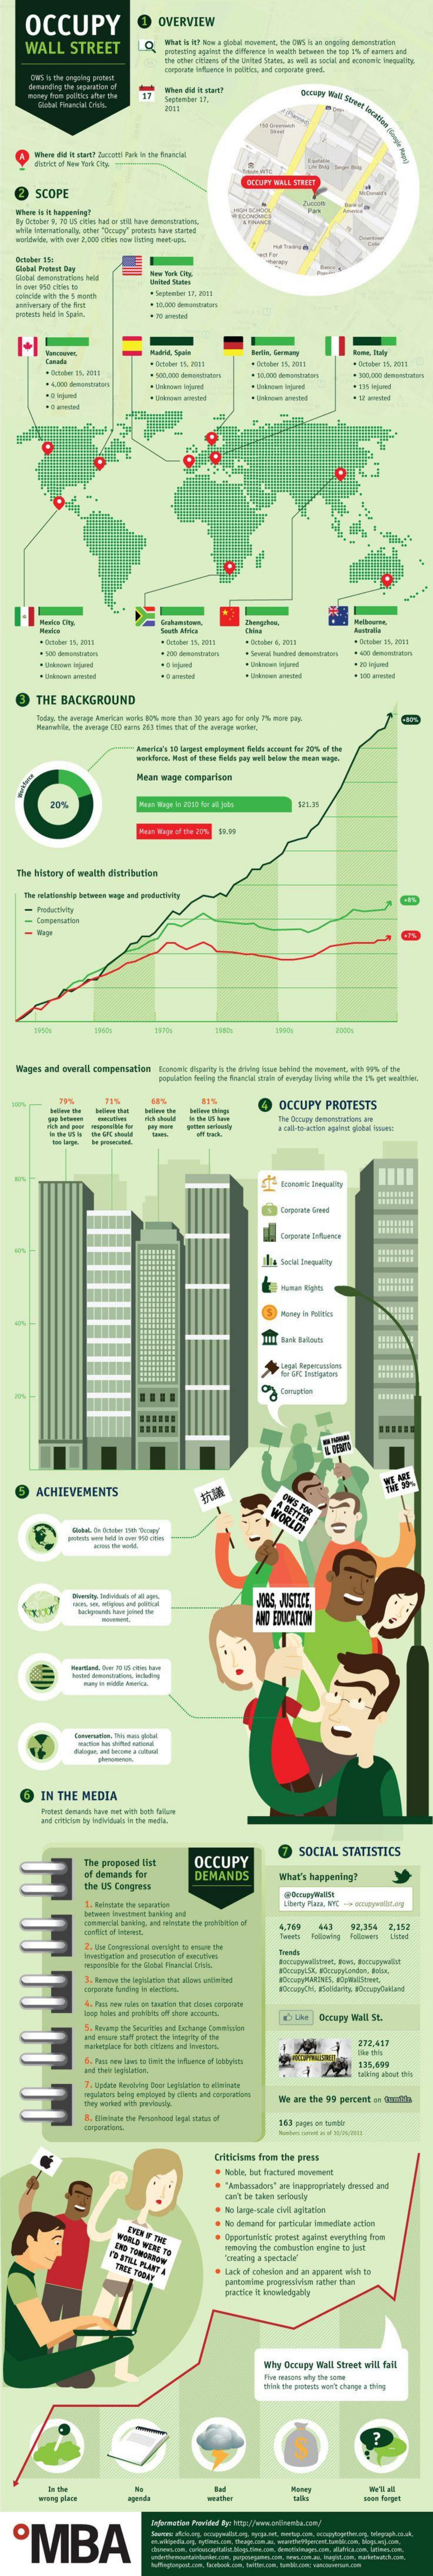
OCCUPY    @    OVERVIEW
     WALL    STREET    What is it? Man a glocal movement, the bori kan ungoing demonstration
     the other ciclaws of the shrined States, as well as social and economic inequality
     OCCUPY WALL STREET
     SCOPE
     by October 9. 1 US didles hed or still tuwie demanituation.
     worldwide. with over 2.0000 cities now Ihting next-401.
     Hatrit, 1pale
     Orsiber 15. Mitt
     - ----
     ---
     THE   BACKGROUND
     wwwIn    #out if then falds pry well below the meas ways.
     Mean  wage   comparison
     20%
    The  history  of  wealth  distribution
     The relationship between wege and productvky
     -  Comperoation
     Wager  and  overall  compensation
     population feeling the financial strets of everytry Being while the 1& pet wraithler
     ---
     --
     OCCUPY    PROTESTS
     Exmnonke Bnequeity
     Non GR Inesigatom.
     ......
     ACHIEVEMENTS
     JOBS, MASTICE,
     -    AND EDUCATION
     IN  THE    MEDIA
     Proomt demand have met with both frilan
     SOCIAL    STATISTICS
     The  proposed   Iht    OCCUPY
     of dersands   far
     The  Us Congress
     DEMANDS    What's  happening!
     1. Reinbate De sepestos    Liberty Piaca, VY -+. wnagywolltog
     4.765    443.    92,354
     Mitigation and procation of aboutvet
     2 Var    Detupy   Wall  St.
     5. kevamp  the Securities and Exchange Commission
     272,417
     , hem new laws to limit the influence of lottyhits
     and thele Ingcation.
     135,689
     We  are  the 99  percent  =    c2D
     8. Eliminate the Personhood legal status of
     955  pepo on tumblr
     Criticluras from  the press
     . Noble, but fractured movement
     "Ambassador"   are Inappropriunely dressed and
     cant be tilen shrinely
     . No demand  for particular inmetube  action
     FOALS
     WENT  TO
     Dpportantvdc protint ageirat everything from
     semoving the cambuntion  anyyine to junit
     meating  a spectadie'
     Lack of cohesion and an apparent with ta
     practice it knowledgabby
     Wiry   Occupy  Wall  Street  wil  fail
     this the protests won't change a thing
     S
     In the
     -
    ºMBA